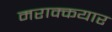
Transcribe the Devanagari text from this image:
मराक्कयार